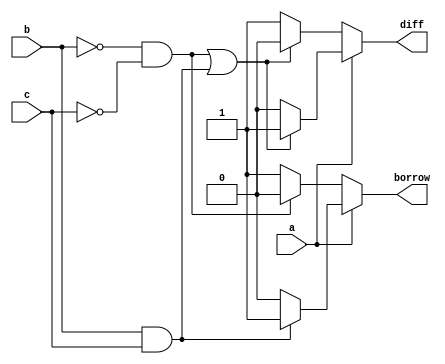
module fulladder(a,b,c,diff,borrow);
input a,b,c;
output diff,borrow;
reg diff,borrow;

always@(a,b,c,diff,borrow)
begin

    if (a==1'b0)
    begin
        if((b==1'b0 && c==1'b0) || (b==1'b1 && c==1'b1))
        diff=1'b0;
        else
        diff=1'b1;
    end
    else
    begin

         if((b==1'b0 && c==1'b0) || (b==1'b1 && c==1'b1))
         diff=1'b1;
         else
         diff=1'b0;

    end

    if(a==1'b0)
    begin
        if(b==1'b0 && c==1'b0)
        borrow=1'b0;
        else
        borrow=1'b1;
    end
    else
    begin
        if(b==1'b1 && c==1'b1)
        borrow=1'b1;
        else
        borrow=1'b0;
    end


end
endmodule


module test;
reg a,b,c;
wire diff,borrow;


fulladder t1(a,b,c,diff,borrow);
initial
begin
    a=1'b0;
     b=1'b0;
      c=1'b0;
   $monitor("time=%0t a=%b ,b=%b ,c=%b ,diff=%b ,borrow=%b",$time,a,b,c,diff,borrow);
   #5 a=1'b0; b=1'b0; c=1'b0;
   #5 a=1'b0; b=1'b0; c=1'b1;
   #5 a=1'b0; b=1'b1; c=1'b0;
   #5 a=1'b0; b=1'b1; c=1'b1;
   #5 a=1'b1; b=1'b0; c=1'b0;
   #5 a=1'b1; b=1'b0; c=1'b1;
   #5 a=1'b1; b=1'b1; c=1'b0;
   #5 a=1'b1; b=1'b1; c=1'b1;
end
endmodule